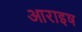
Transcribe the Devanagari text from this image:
आराइष